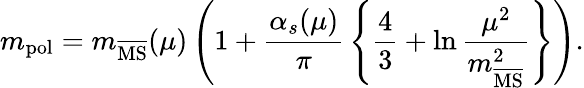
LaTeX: m_{\mathrm{pol}}=m_{\overline{{{\mathrm{MS}}}}}(\mu)\left(1+\frac{\alpha_{s}(\mu)}{\pi}\, \left\{ \frac{4}{3}+\ln\frac{\mu^{2}}{m_{\overline{{{\mathrm{MS}}}}}^{2}}\right\} \right).